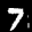
Label: 7